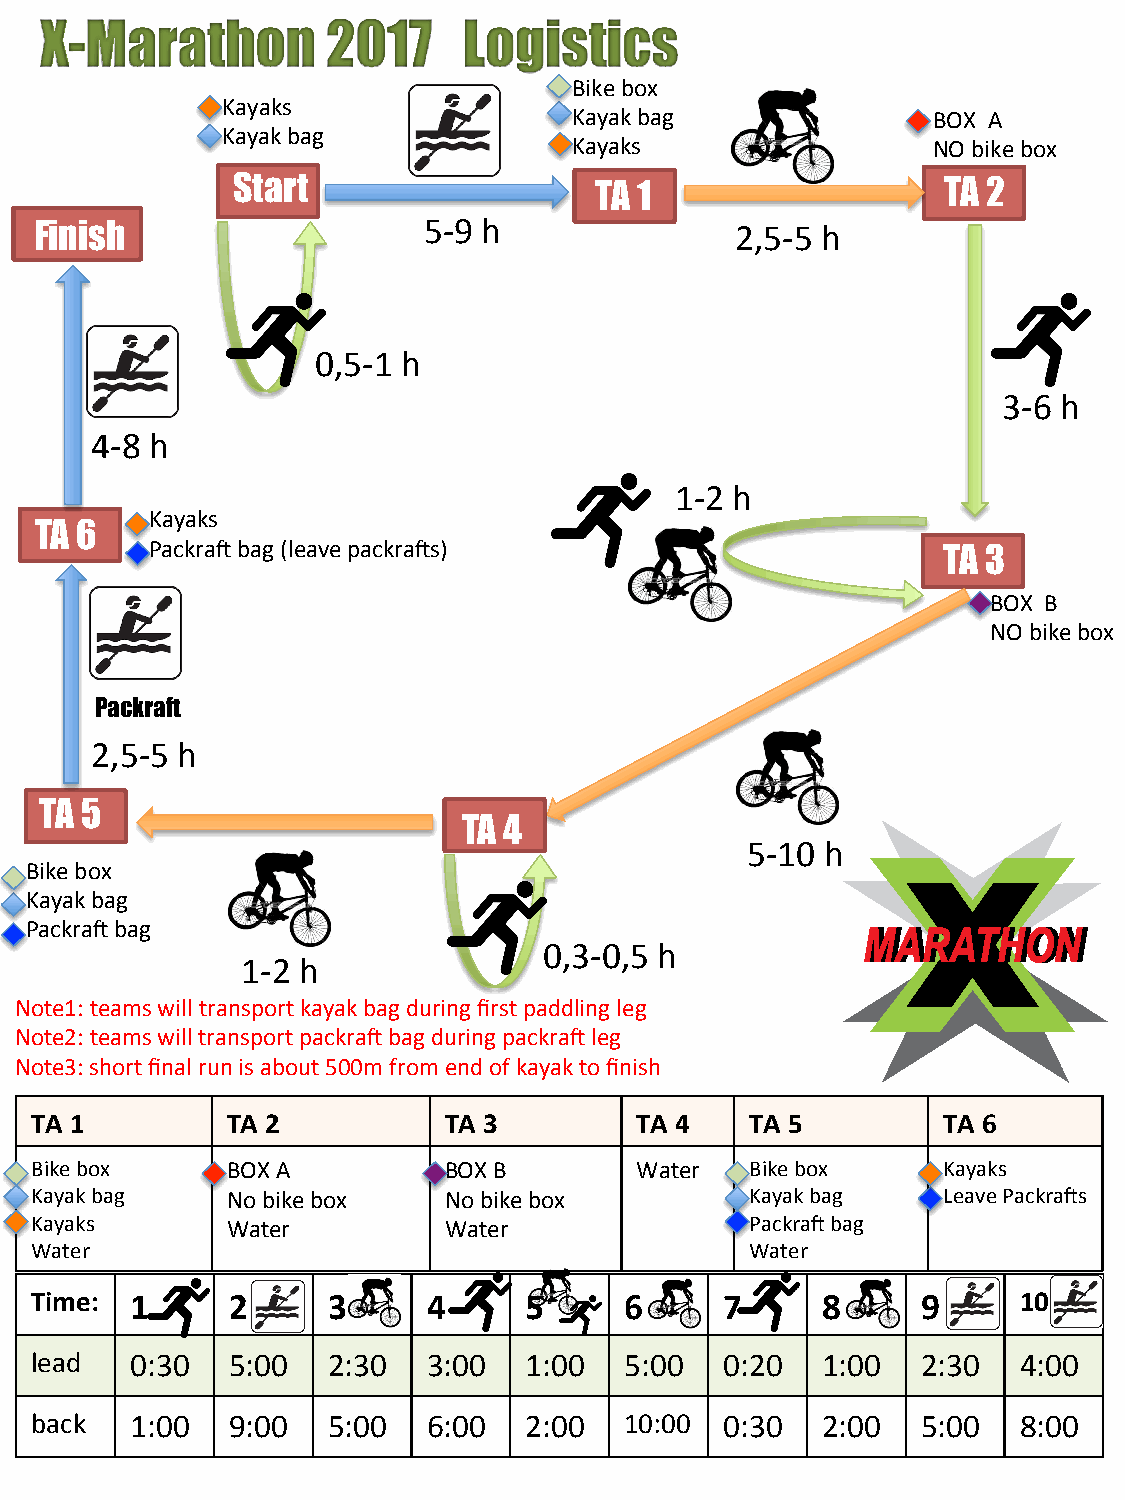
X-Marathon         2017     Logistics
 Bike box
 Kayaks
 Kayak bag               BOX A
 Kayak bag
 Kayaks                  NO bike box
 Start                   TA 1                    TA 2
 Finish                    5-9 h                2,5-5 h
 0,5-1 h
 3-6 h
 4-8 h
 1-2 h
 Kayaks
 TA 6
 PackraA bag (leave packraAs)
 TA 3
 BOX B
 NO bike box
 Packraft
 2,5-5 h
 TA 5
 TA 4
 5-10  h
 Bike box
 Kayak bag
 PackraA bag
 0,3-0,5 h
 1-2 h
 Note1: teams will transport kayak bag during first paddling leg
 Note2: teams will transport packraA bag during packraA leg
 Note3: short final run is about 500m from end of kayak to finish
 TA 1         TA 2          TA 3         TA 4    TA 5        TA 6
 Bike box     BOX A         BOX B        Water   Bike box    Kayaks
 Kayak bag    No bike box   No bike box          Kayak bag   Leave PackraAs
 Kayaks       Water         Water                PackraA bag
 Water                                           Water
 Time:  1     2      3     4      5     6      7     8      9      10
 lead   0:30  5:00   2:30  3:00   1:00  5:00   0:20  1:00   2:30   4:00
 back   1:00  9:00   5:00  6:00   2:00  10:00  0:30  2:00   5:00   8:00